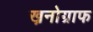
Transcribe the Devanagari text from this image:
ख्रनोग्राफ